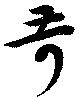
苛